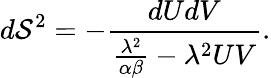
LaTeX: d\mathcal{S}^{2}=-\frac{{dUdV}}{{\frac{{\lambda^{2}}}{{\alpha\beta}}-{\lambda^{2}}UV}}.